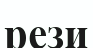
рези